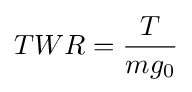
TWR={\frac {T}{mg_{\mathrm {0} }}}